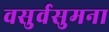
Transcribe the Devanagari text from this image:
वसुर्वसुमना